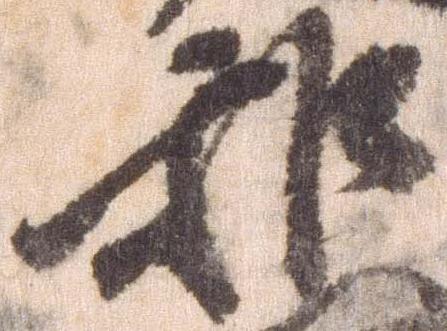
和